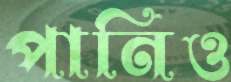
পানিও